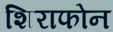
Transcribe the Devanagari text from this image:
शिराफोन